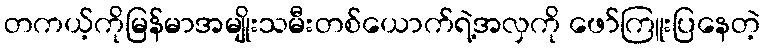
တကယ့်ကိုမြန်မာအမျိုးသမီးတစ်ယောက်ရဲ့အလှကို ဖော်ကြူးပြနေတဲ့